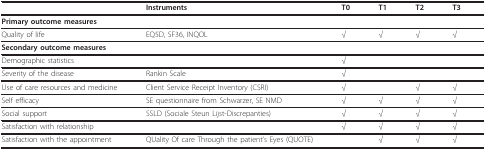
|  | Instruments | T0 | T1 | T2 | T3 |
 | --- | --- | --- | --- | --- | --- |
 | Primary outcome measures |  |  |  |  |  |
 | Quality of life | EQ5D, SF36, INQOL | √ | √ | √ | √ |
 | Secondary outcome measures |  |  |  |  |  |
 | Demographic statistics |  | √ |  |  |  |
 | Severity of the disease | Rankin Scale | √ |  |  |  |
 | Use of care resources and medicine | Client Service Receipt Inventory (CSRI) | √ |  | √ | √ |
 | Self efficacy | SE questionnaire from Schwarzer, SE NMD | √ | √ | √ | √ |
 | Social support | SSLD (Sociale Steun Lijst-Discrepanties) | √ | √ | √ | √ |
 | Satisfaction with relationship |  | √ | √ | √ | √ |
 | Satisfaction with the appointment | QUality Of care Through the patient's Eyes (QUOTE) |  | √ | √ | √ |